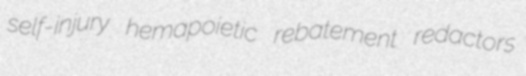
self-injury hemapoietic rebatement redactors